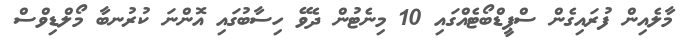
މާލެއިން ފުރައިގެން ސްޕީޑްބޯޓެއްގައި 10 މިނެޓުން ދެވޭ ހިސާބުގައި އޮންނަ ކުރުނބާ މޯލްޑިވްސް